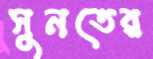
সুনতের